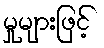
မှုများဖြင့်